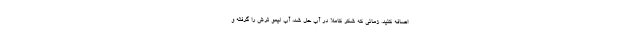
اضافه کنید. زمانی که شکر کاملا در آب حل شد، آب لیمو ترش را گرفته و